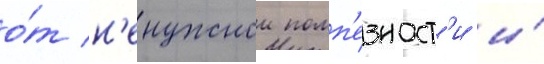
о́т н'енужнои помп'езност'и и́